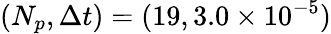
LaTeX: (N_{p},\Delta t)=(19,3.0\times 10^{-5})